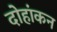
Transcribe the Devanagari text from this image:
दोहांकन